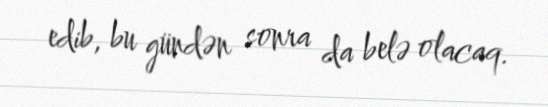
edib, bu gündən sonra da belə olacaq.